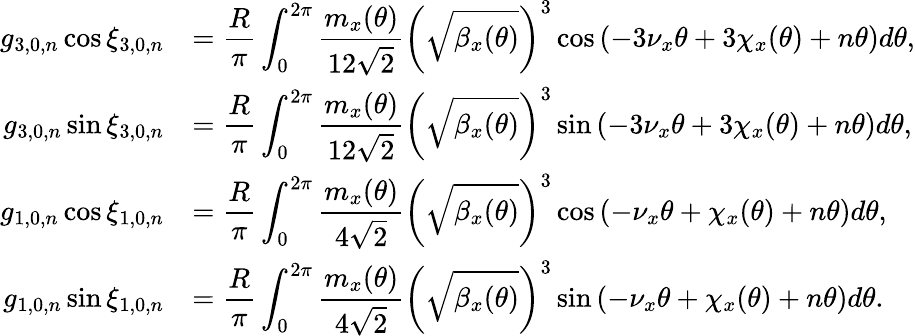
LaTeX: \begin{array}{rl}{\displaystyle g_{3,0,n}\cos{\xi_{3,0,n}}}&{\displaystyle=\frac{R}{\pi}\int_{0}^{2\pi}{\frac{m_{x}(\theta)}{12\sqrt 2}\left(\sqrt{\beta_{x}(\theta)}\right)^{3}\cos{\left(-3\nu_{x}\theta+3\chi_{x}(\theta)+n\theta\right)}d\theta},}\\ {\displaystyle g_{3,0,n}\sin{\xi_{3,0,n}}}&{\displaystyle=\frac{R}{\pi}\int_{0}^{2\pi}{\frac{m_{x}(\theta)}{12\sqrt 2}\left(\sqrt{\beta_{x}(\theta)}\right)^{3}\sin{\left(-3\nu_{x}\theta+3\chi_{x}(\theta)+n\theta\right)}d\theta},}\\ {\displaystyle g_{1,0,n}\cos{\xi_{1,0,n}}}&{\displaystyle=\frac{R}{\pi}\int_{0}^{2\pi}{\frac{m_{x}(\theta)}{4\sqrt 2}\left(\sqrt{\beta_{x}(\theta)}\right)^{3}\cos{\left(-\nu_{x}\theta+\chi_{x}(\theta)+n\theta\right)}d\theta},}\\ {\displaystyle g_{1,0,n}\sin{\xi_{1,0,n}}}&{\displaystyle=\frac{R}{\pi}\int_{0}^{2\pi}{\frac{m_{x}(\theta)}{4\sqrt 2}\left(\sqrt{\beta_{x}(\theta)}\right)^{3}\sin{\left(-\nu_{x}\theta+\chi_{x}(\theta)+n\theta\right)}d\theta}.}\end{array}